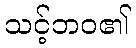
သင့်ဘဝ၏